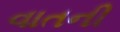
વાતની